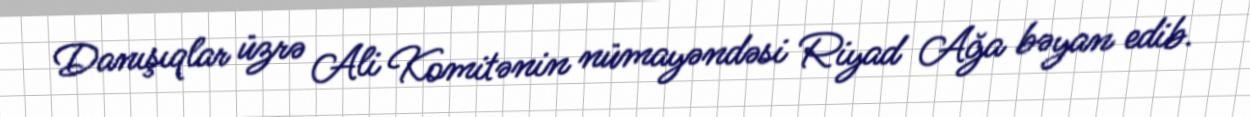
Danışıqlar üzrə Ali Komitənin nümayəndəsi Riyad Ağa bəyan edib.